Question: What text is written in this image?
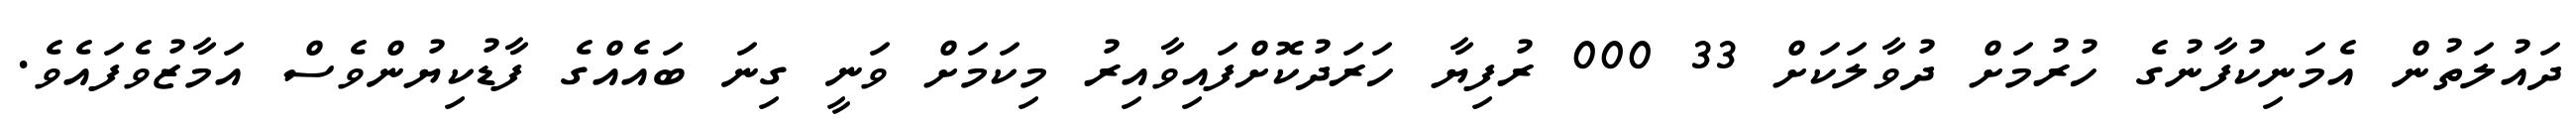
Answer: ދައުލަތުން އެމަނިކުފާނުގެ ހުރުމަށް ދުވާލަކަށް 33 000 ރުފިޔާ ހަރަދުކޮށްފައިވާއިރު މިކަމަށް ވަނީ ގިނަ ބައެއްގެ ފާޑުކިޔުންވެސް އަމާޒުވެފައެވެ.